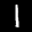
Label: 1